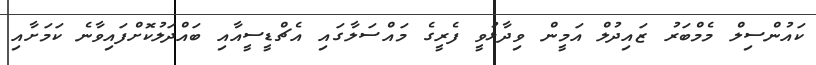
ކައުންސިލް މެމްބަރު ޒައިދުލް އަމީން ވިދާޅުވީ ފެރީގެ މައްސަލާގައި އެޗްޑީސީއާއި ބައްދަލުކޮށްފައިވާނެ ކަމަށާއި